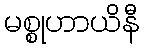
မစ္စုဟာယိနီ